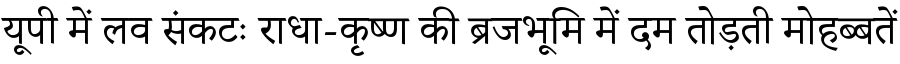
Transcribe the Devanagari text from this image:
यूपी में लव संकटः राधा-कृष्ण की ब्रजभूमि में दम तोड़ती मोहब्बतें